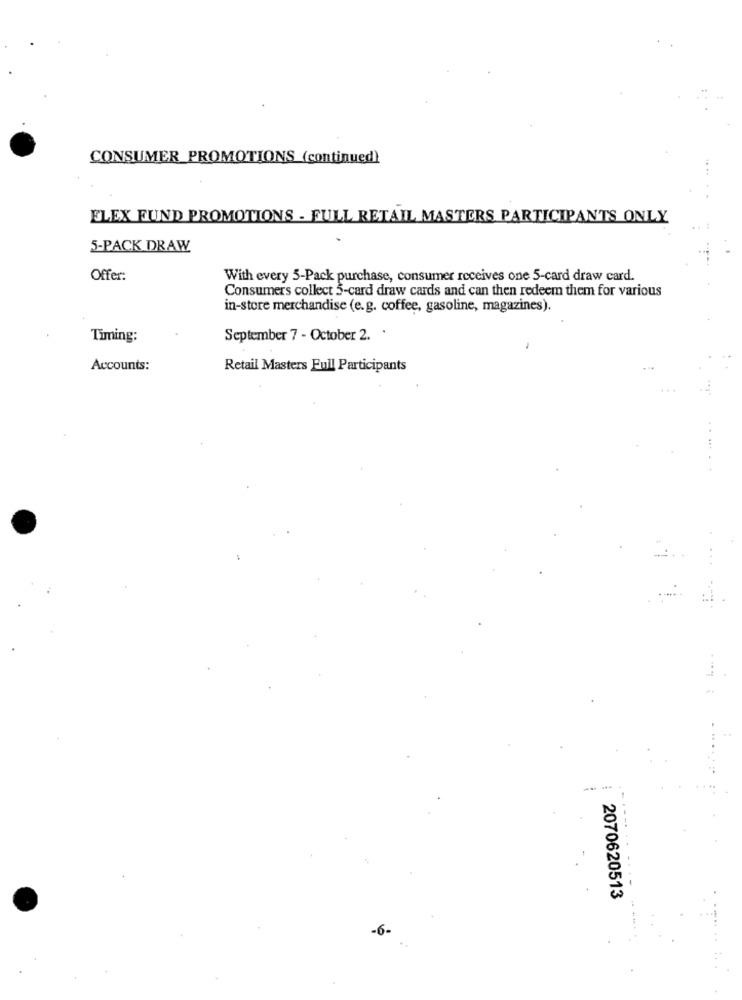
CONSUMER PROMOTIONS (continued)
ELEX FUND PROMOTIONS - FULL RETAIL MASTERS PARTICIPANTS ONLY
5-PACK DRAW
Offer:
With every 3-Pack purchase, consumer receives one 5-card draw card.
Consumers collect 5-card draw cards and can then redeem them for various
in-store merchandise (e.g. coffee, gasoline, magazines).
Timing:
September 7 - October 2.
Accounts:
Retail Masters Full Participants
.....
----
2070620513
-6